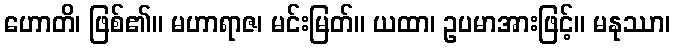
ဟောတိ၊ ဖြစ်၏။ မဟာရာဇ၊ မင်းမြတ်။ ယထာ၊ ဥပမာအားဖြင့်။ မနုဿာ၊